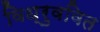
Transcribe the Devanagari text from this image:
विध्रुववित